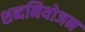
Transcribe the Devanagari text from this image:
शब्दनियोजन